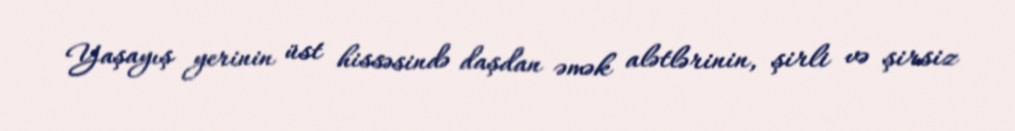
Yaşayış yerinin üst hissəsində daşdan əmək alətlərinin, şirli və şirsiz